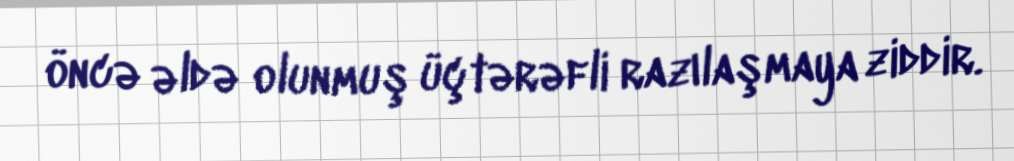
öncə əldə olunmuş üçtərəfli razılaşmaya ziddir.